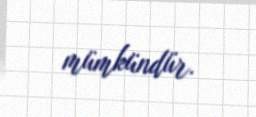
mümkündür.